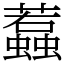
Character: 蠚